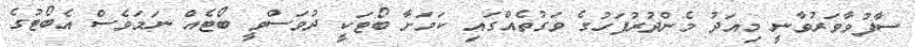
ސާފުވާވަރުވާނީ މިއަދު މެންދުރުފަހުގެ ވަގުތެއްގައި ކަމަށާ ބޯޓަކީ ދުވަސްވީ ބޯޓެއް ނަމަވެސް އެބޯޓުގެ